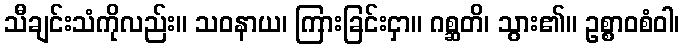
သီချင်းသံကိုလည်း။ သဝနာယ၊ ကြားခြင်းငှာ။ ဂစ္ဆတိ၊ သွား၏။ ဥစ္စာဝစံဝါ၊